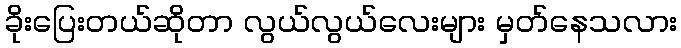
ခိုးပြေးတယ်ဆိုတာ လွယ်လွယ်လေးများ မှတ်နေသလား